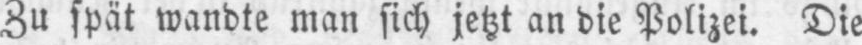
Zu spät wandte man sich jetzt an die Polizei. Die